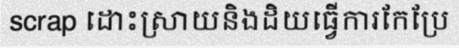
scrap ដោះស្រាយនិងដិយធ្វើការកែប្រែ